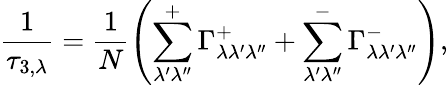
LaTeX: \frac{1}{\tau_{3,\lambda}}=\frac{1}{N}\left(\sum_{\lambda^{\prime}\lambda^{\prime\prime}}^{+}{\Gamma_{\lambda\lambda^{\prime}\lambda^{\prime\prime}}^{+}}+\sum_{\lambda^{\prime}\lambda^{\prime\prime}}^{-}{\Gamma_{\lambda\lambda^{\prime}\lambda^{\prime\prime}}^{-}}\right),